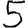
Digit: 5